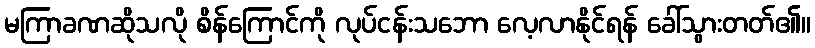
မကြာခဏဆိုသလို စိန်ကြောင်ကို လုပ်ငန်းသဘော လေ့လာနိုင်ရန် ခေါ်သွားတတ်၏။